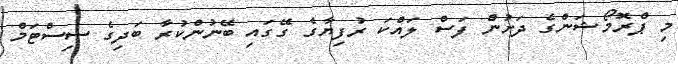
މި ޕްރޮމޯޝަންގެ ދަށުން ފަސް ލައްކަ ރުފިޔާގެ ގޭގައި ބޭނުންކުރާ ބަދިގެ ސިސްޓަމް